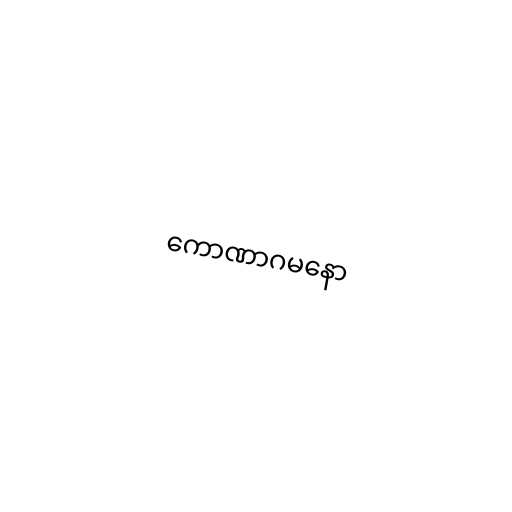
ကောဏာဂမနော